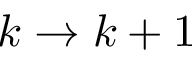
k \rightarrow k + 1